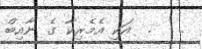
.   .  އަކީ އެމެރިކާ ގެ ނާއިބް